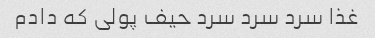
غذا سرد سرد سرد حیف پولی که دادم